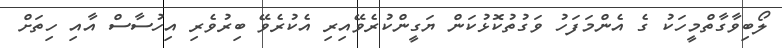
ލޯބިވާގާތްމީހަކު ގެ އެންމަފަހު ވަގުތުކޮޅުކަން ޔަގީންކުރެވޭއިރި އެކުރެވޭ ބިރުވެރި އިހުސާސް އާއި ހިތަށް